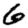
Digit: 6